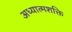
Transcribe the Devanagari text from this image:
अध्यात्मशक्ति